Indian journal of veterinary science and animal husbandry - Volume 11,
Year: 1941
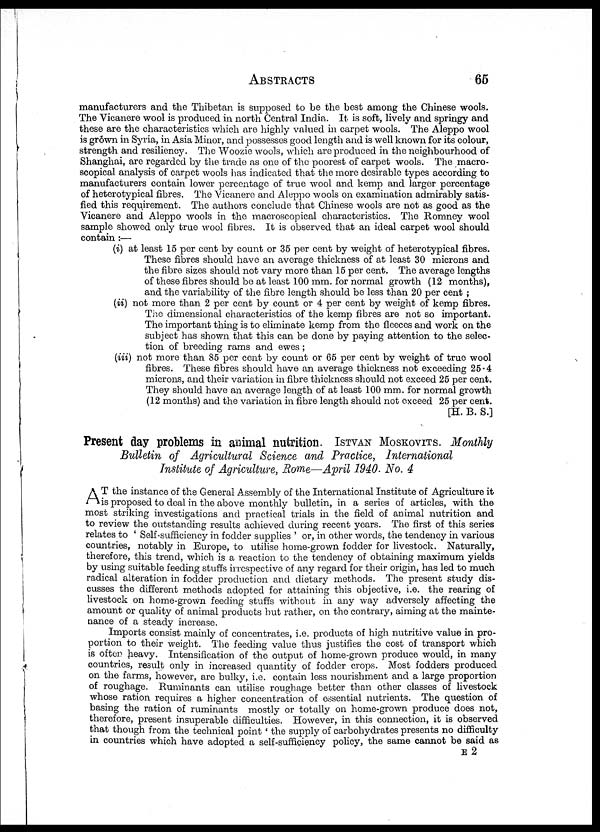
ABSTRACTS
65
manufacturers and the Thibetan is supposed to be the best among the Chinese wools.
The Vicanere wool is produced in north Central India. It is soft, lively and springy and
these are the characteristics which are highly valued in carpet wools. The Aleppo wool
is grown in Syria, in Asia Minor, and possesses good length and is well known for its colour,
strength and resiliency. The Woozie wools, which are produced in the neighbourhood of
Shanghai, are regarded by the trade as one of the poorest of carpet wools. The macro¬
scopical analysis of carpet wools has indicated that the more desirable types according to
manufacturers contain lower percentage of true wool and kemp and larger percentage
of heterotypical fibres. The Vicanere and Aleppo wools on examination admirably satis-
fied this requirement. The authors conclude that Chinese wools are not as good as the
Vicanere and Aleppo wools in the macroscopical characteristics. The Romney wool
sample showed only true wool fibres. It is observed that an ideal carpet wool should
contain :—
(i) at least 15 per cent by count or 35 per cent by weight of heterotypical fibres.
These fibres should have an average thickness of at least 30 microns and
the fibre sizes should not vary more than 15 per cent. The average lengths
of these fibres should be at least 100 mm. for normal growth (12 months),
and the variability of the fibre length should be less than 20 per cent ;
(ii) not more than 2 per cent by count or 4 per cent by weight of kemp fibres.
The dimensional characteristics of the kemp fibres are not so important.
The important thing is to eliminate kemp from the fleeces and work on the
subject has shown that this can be done by paying attention to the selec-
tion of breeding rams and ewes;
(iii) not more than 85 per cent by count or 65 per cent by weight of true wool
fibres. These fibres should have an average thickness not exceeding 25.4
microns, and their variation in fibre thickness should not exceed 25 per cent.
They should have an average length of at least 100 mm. for normal growth
(12 months) and the variation in fibre length should not exceed 25 per cent.
[H. B. S. ]
Present day problems in animal nutrition. ISTVAN MOSKOVITS. Monthly
Bulletin of Agricultural Science and Practice, International
Institute of Agriculture, Rome—April 1940. No. 4
A T the instance of the General Assembly of the International Institute of Agriculture it
is proposed to deal in the above monthly bulletin, in a series of articles, with the
most striking investigations and practical trials in the field of animal nutrition and
to review the outstanding results achieved during recent years. The first of this series
relates to ' Self-sufficiency in fodder supplies ' or, in other words, the tendency in various
countries, notably in Europe, to utilise home-grown fodder for livestock. Naturally,
therefore, this trend, which is a reaction to the tendency of obtaining maximum yields
by using suitable feeding stuffs irrespective of any regard for their origin, has led to much
radical alteration in fodder production and dietary methods. The present study dis-
cusses the different methods adopted for attaining this objective, i. e. the rearing of
livestock on home-grown feeding stuffs without in any way adversely affecting the
amount or quality of animal products but rather, on the contrary, aiming at the mainte-
nance of a steady increase.
Imports consist mainly of concentrates, i. e. products of high nutritive value in pro-
portion to their weight. The feeding value thus justifies the cost of transport which
is often heavy. Intensification of the output of home-grown produce would, in many
countries, result only in increased quantity of fodder crops. Most fodders produced
on the farms, however, are bulky, i. e. contain less nourishment and a large proportion
of roughage. Ruminants can utilise roughage better than other classes of livestock
whose ration requires a higher concentration of essential nutrients. The question of
basing the ration of ruminants mostly or totally on home-grown produce does not,
therefore, present insuperable difficulties. However, in this connection, it is observed
that though from the technical point ' the supply of carbohydrates presents no difficulty
in countries which have adopted a self-sufficiency policy, the same cannot be said as
E 2